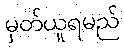
မှတ်ယူရမည်